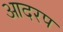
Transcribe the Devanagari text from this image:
आदरप